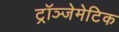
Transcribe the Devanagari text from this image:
ट्रॉञ्जेमेटिक